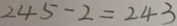
2 4 5 - 2 = 2 4 3